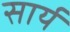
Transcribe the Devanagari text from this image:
सार्य